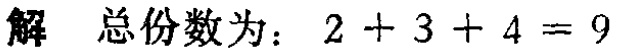
解 总份数为：\(2 + 3 + 4 = 9\)